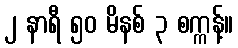
၂ နာရီ ၅၀ မိနစ် ၃ စက္ကန့်။